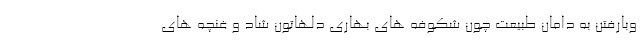
وبارفتن به دامان طبیعت چون شکوفه های بهاری دلهاتون شاد و غنچه های